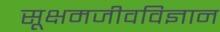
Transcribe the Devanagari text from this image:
सूक्षमजीवविज्ञान